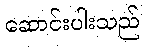
ဆောင်းပါးသည်